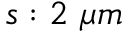
s : 2 \ \mu m